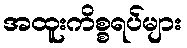
အထူးကိစ္စရပ်များ